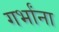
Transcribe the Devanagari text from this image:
गर्भांना